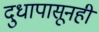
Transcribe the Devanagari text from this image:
दुधापासूनही